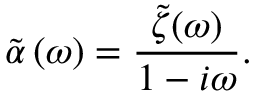
\tilde { \alpha } \left( \omega \right) = \frac { \tilde { \zeta } ( \omega ) } { 1 - i \omega } .